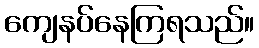
ကျေနပ်နေကြရသည်။